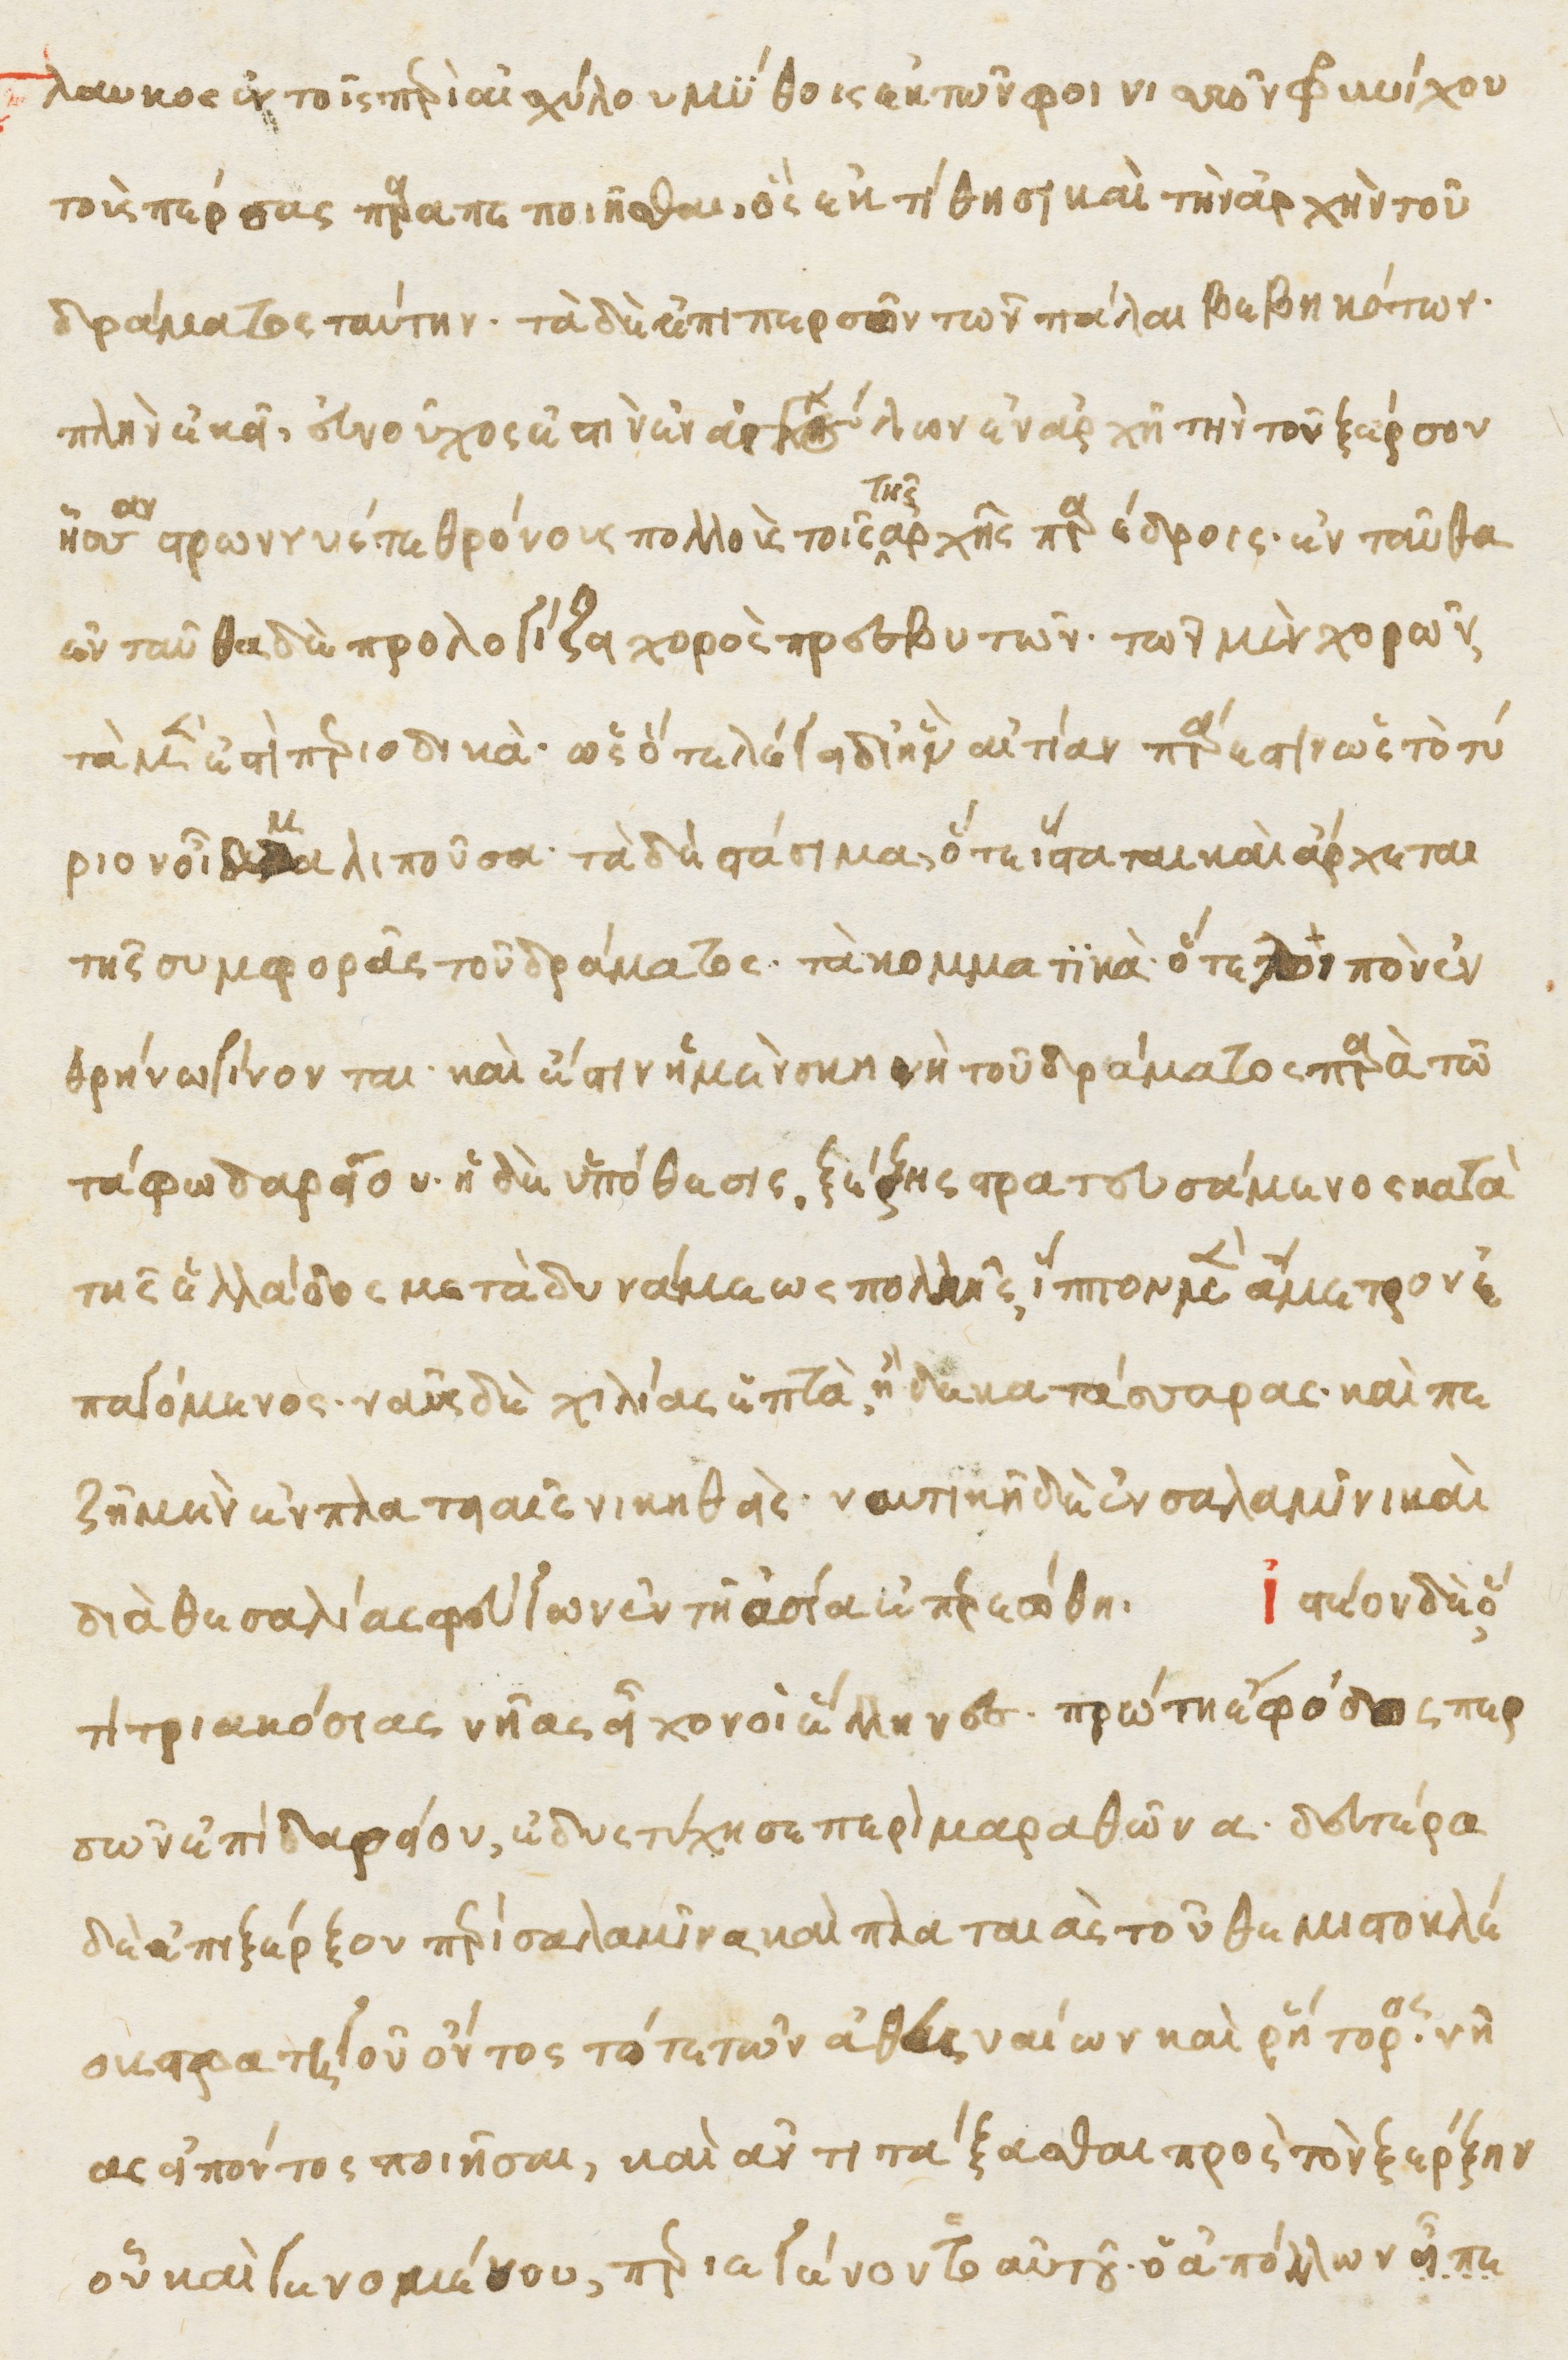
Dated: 1470–1499